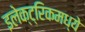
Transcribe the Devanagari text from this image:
इलेक्ट्रिकमध्ये